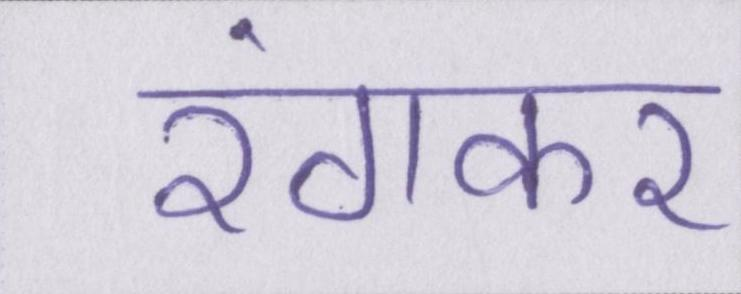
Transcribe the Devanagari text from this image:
रंगकर